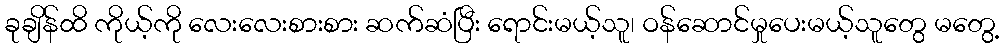
ခုချိန်ထိ ကိုယ့်ကို လေးလေးစားစား ဆက်ဆံပြီး ရောင်းမယ့်သူ၊ ဝန်ဆောင်မှုပေးမယ့်သူတွေ မတွေ့